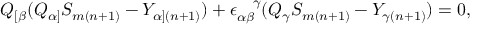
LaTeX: Q _ { [ \beta } ( Q _ { \alpha ] } S _ { m ( n + 1 ) } - Y _ { \alpha ] ( n + 1 ) } ) + \epsilon _ { \alpha \beta } ^ { ~ ~ ~ \! \gamma } ( Q _ { \gamma } S _ { m ( n + 1 ) } - Y _ { \gamma ( n + 1 ) } ) = 0 ,